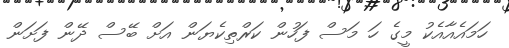
ހަމައެއާއެކު މީގެ ހަ މަސް ފަހުން ކަރްތިކެޔަން އަށް ބޭސް ދޭން ފަށަން